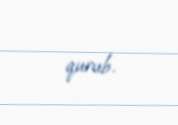
qurub.